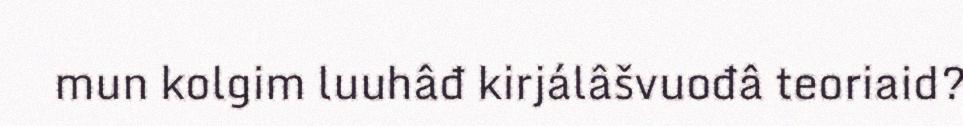
mun kolgim luuhâđ kirjálâšvuođâ teoriaid?